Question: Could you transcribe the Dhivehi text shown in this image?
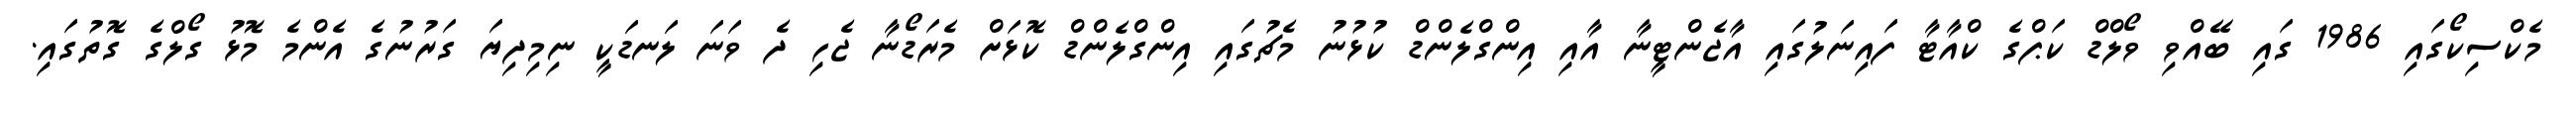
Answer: މެކްސިކޯގައި 1986 ގައި ބޭއްވި ވޯލްޑް ކަޕްގެ ކްއާޓާ ފައިނަލުގައި އާޖެންޓީނާ އާއި އިންގްލެންޑް ކުޅުނު މެޗުގައި އިންގްލެންޑް ކޮޅަށް މެރަޑޯނާ ޖެހި ދެ ވަނަ ލަނޑަކީ ނިމިދިޔަ ގަރުނުގެ އެންމެ މޮޅު ގޯލްގެ ގޮތުގައި.